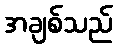
အချစ်သည်